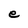
Character: e